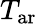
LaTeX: T_{\mathrm{ar}}